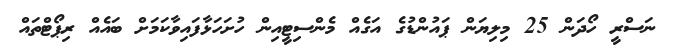
ނަސްރީ ހޯދަން 25 މިލިޔަން ޕައުންޑުގެ އަގެއް މެންސިޓީއިން ހުށަހަޅާފައިވާކަމަށް ބައެއް ރިޕޯޓްތައް